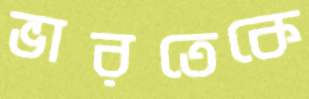
ভারতেকে